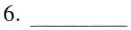
6.___